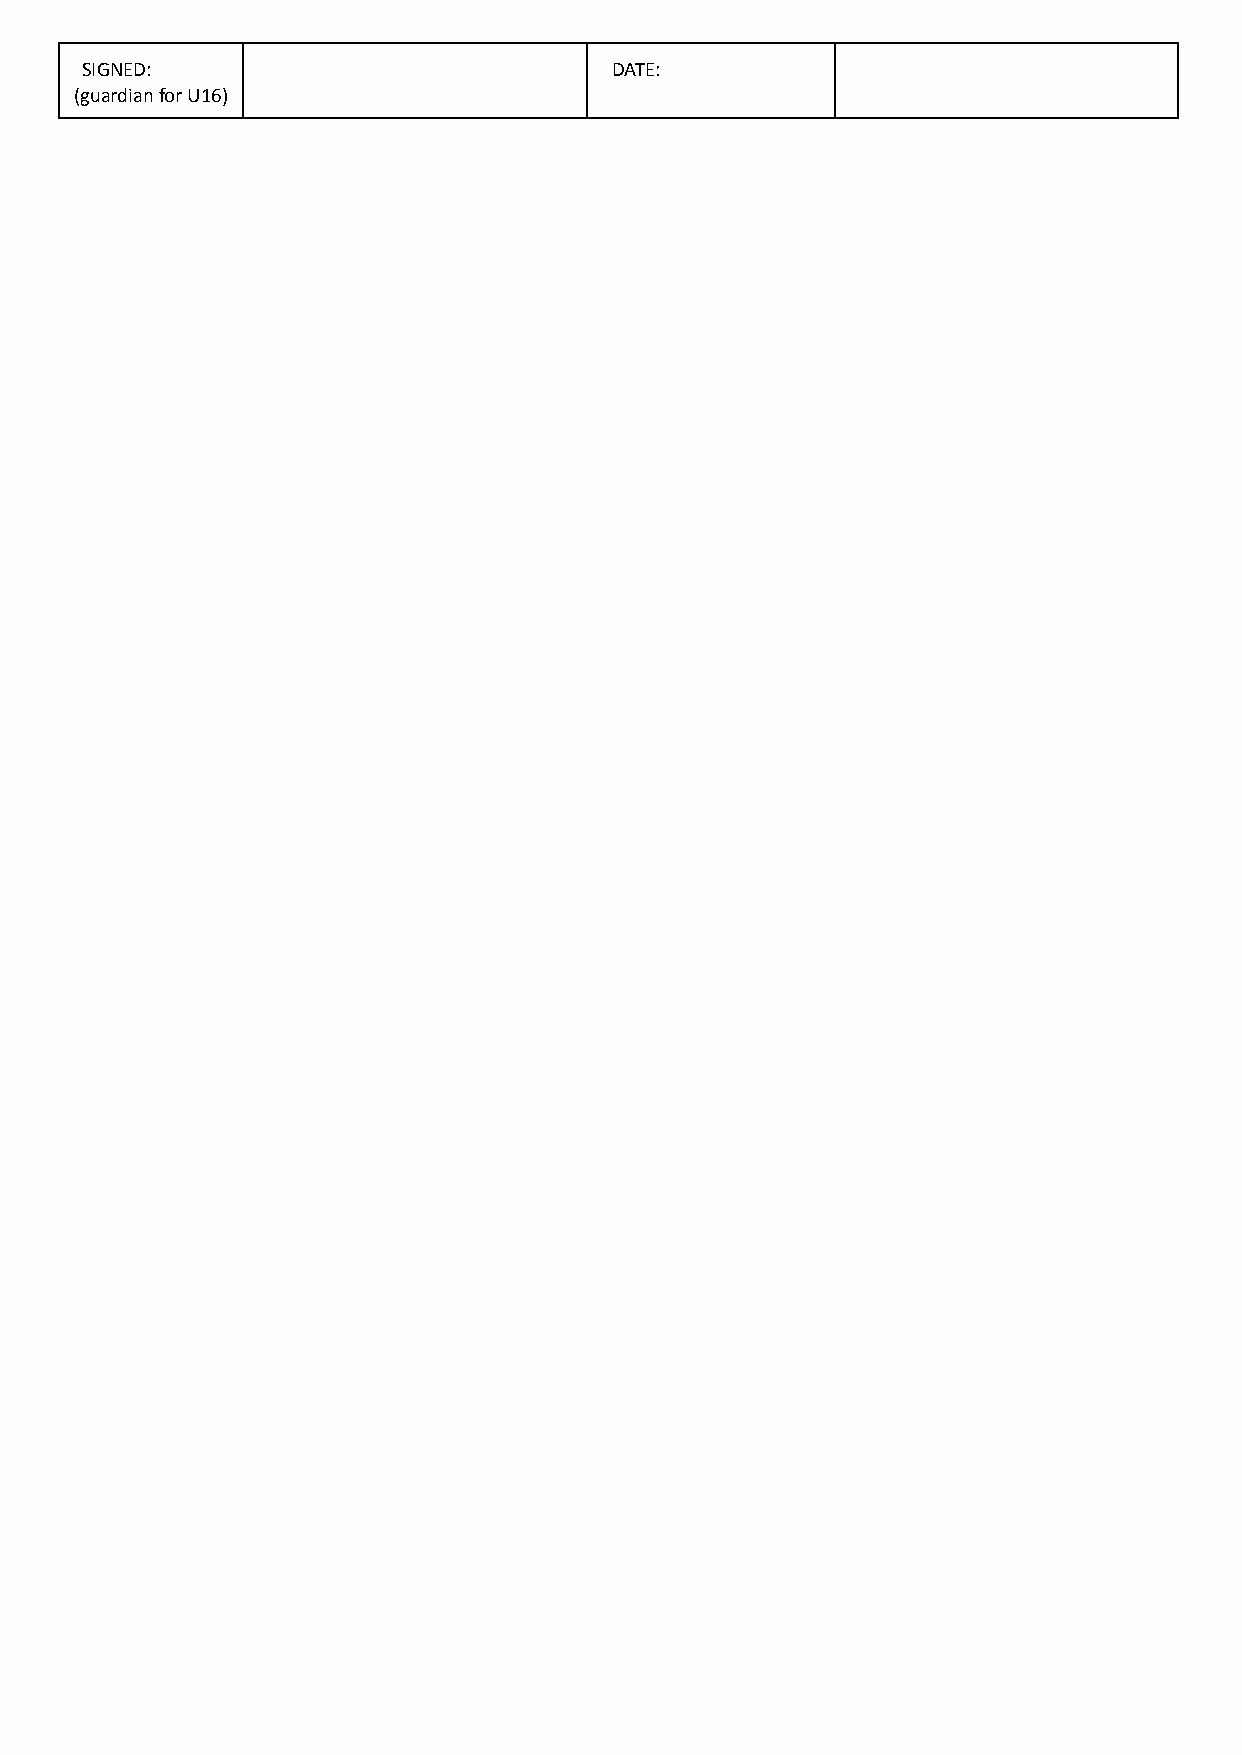
SIGNED:                            DATE:
 (guardian for U16)